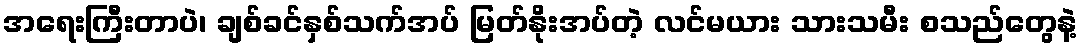
အရေးကြီးတာပဲ၊ ချစ်ခင်နှစ်သက်အပ် မြတ်နိုးအပ်တဲ့ လင်မယား သားသမီး စသည်တွေနဲ့